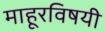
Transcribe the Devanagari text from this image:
माहूरविषयी